画像に写った文字を読んでください
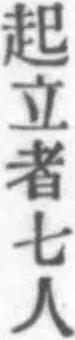
「起立者七人」と書いてあります